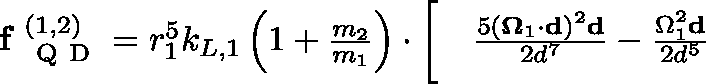
\begin{array} { r l } { \textbf { f } _ { \mathrm { ~ Q ~ D ~ } } ^ { ( 1 , 2 ) } = r _ { 1 } ^ { 5 } k _ { L , 1 } \left( 1 + \frac { m _ { 2 } } { m _ { 1 } } \right) \cdot \bigg [ } & { { } \frac { 5 ( \mathbf { \Omega } _ { 1 } \cdot \mathbf { d } ) ^ { 2 } \mathbf { d } } { 2 d ^ { 7 } } - \frac { \Omega _ { 1 } ^ { 2 } \mathbf { d } } { 2 d ^ { 5 } } } \end{array}